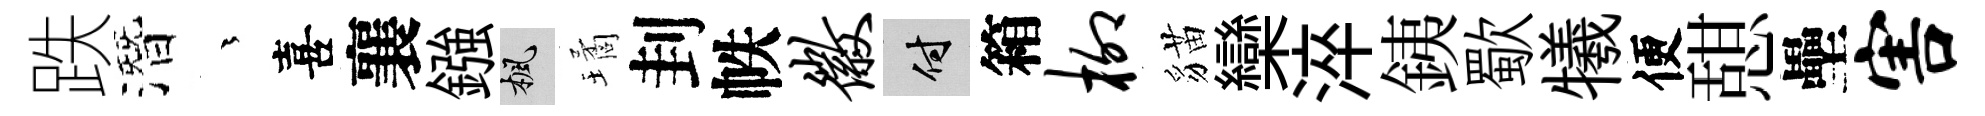
跌潛茫喜襄鏹楓璚刲帙徽付箱柳貓欒淬銕歜犧便憇壘害